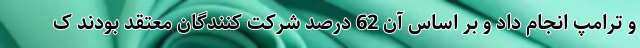
و ترامپ انجام داد و بر اساس آن 62 درصد شرکت کنندگان معتقد بودند ک